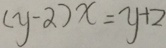
( y - 2 ) x = y + 2